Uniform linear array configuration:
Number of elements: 8
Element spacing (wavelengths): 0.25
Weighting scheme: hann
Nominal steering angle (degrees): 60
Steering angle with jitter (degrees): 60.697
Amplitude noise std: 0.05
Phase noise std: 0.05

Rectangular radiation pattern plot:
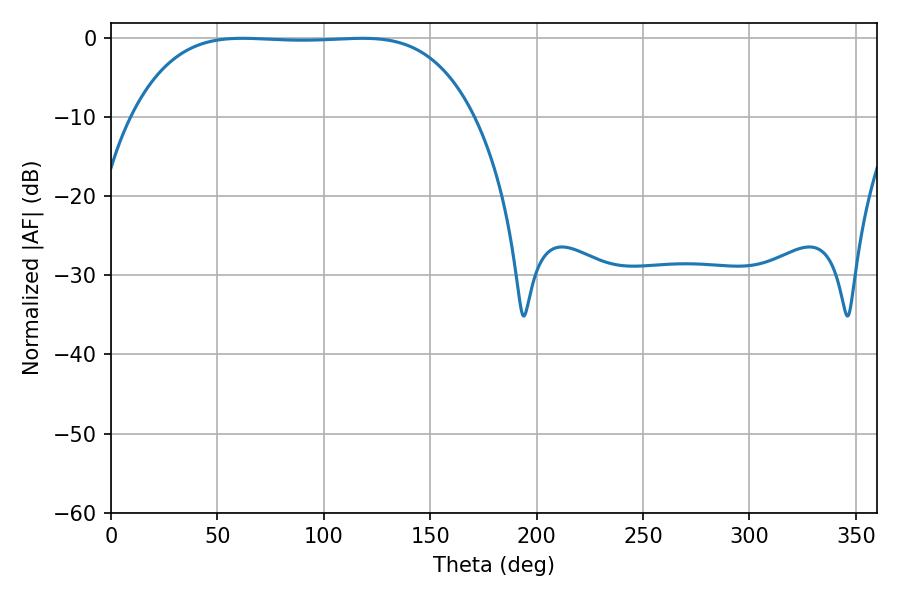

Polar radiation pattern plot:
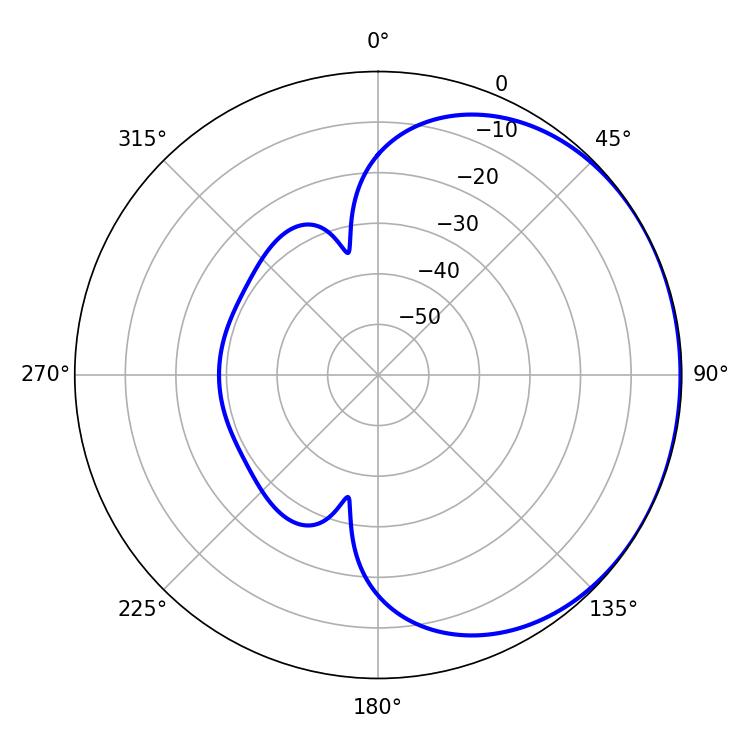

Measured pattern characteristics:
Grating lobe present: FALSE
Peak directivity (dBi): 0.726
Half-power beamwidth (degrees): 124.2
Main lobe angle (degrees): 61.74